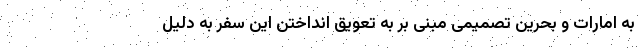
به امارات و بحرین تصمیمی مبنی بر به تعویق انداختن این سفر به دلیل